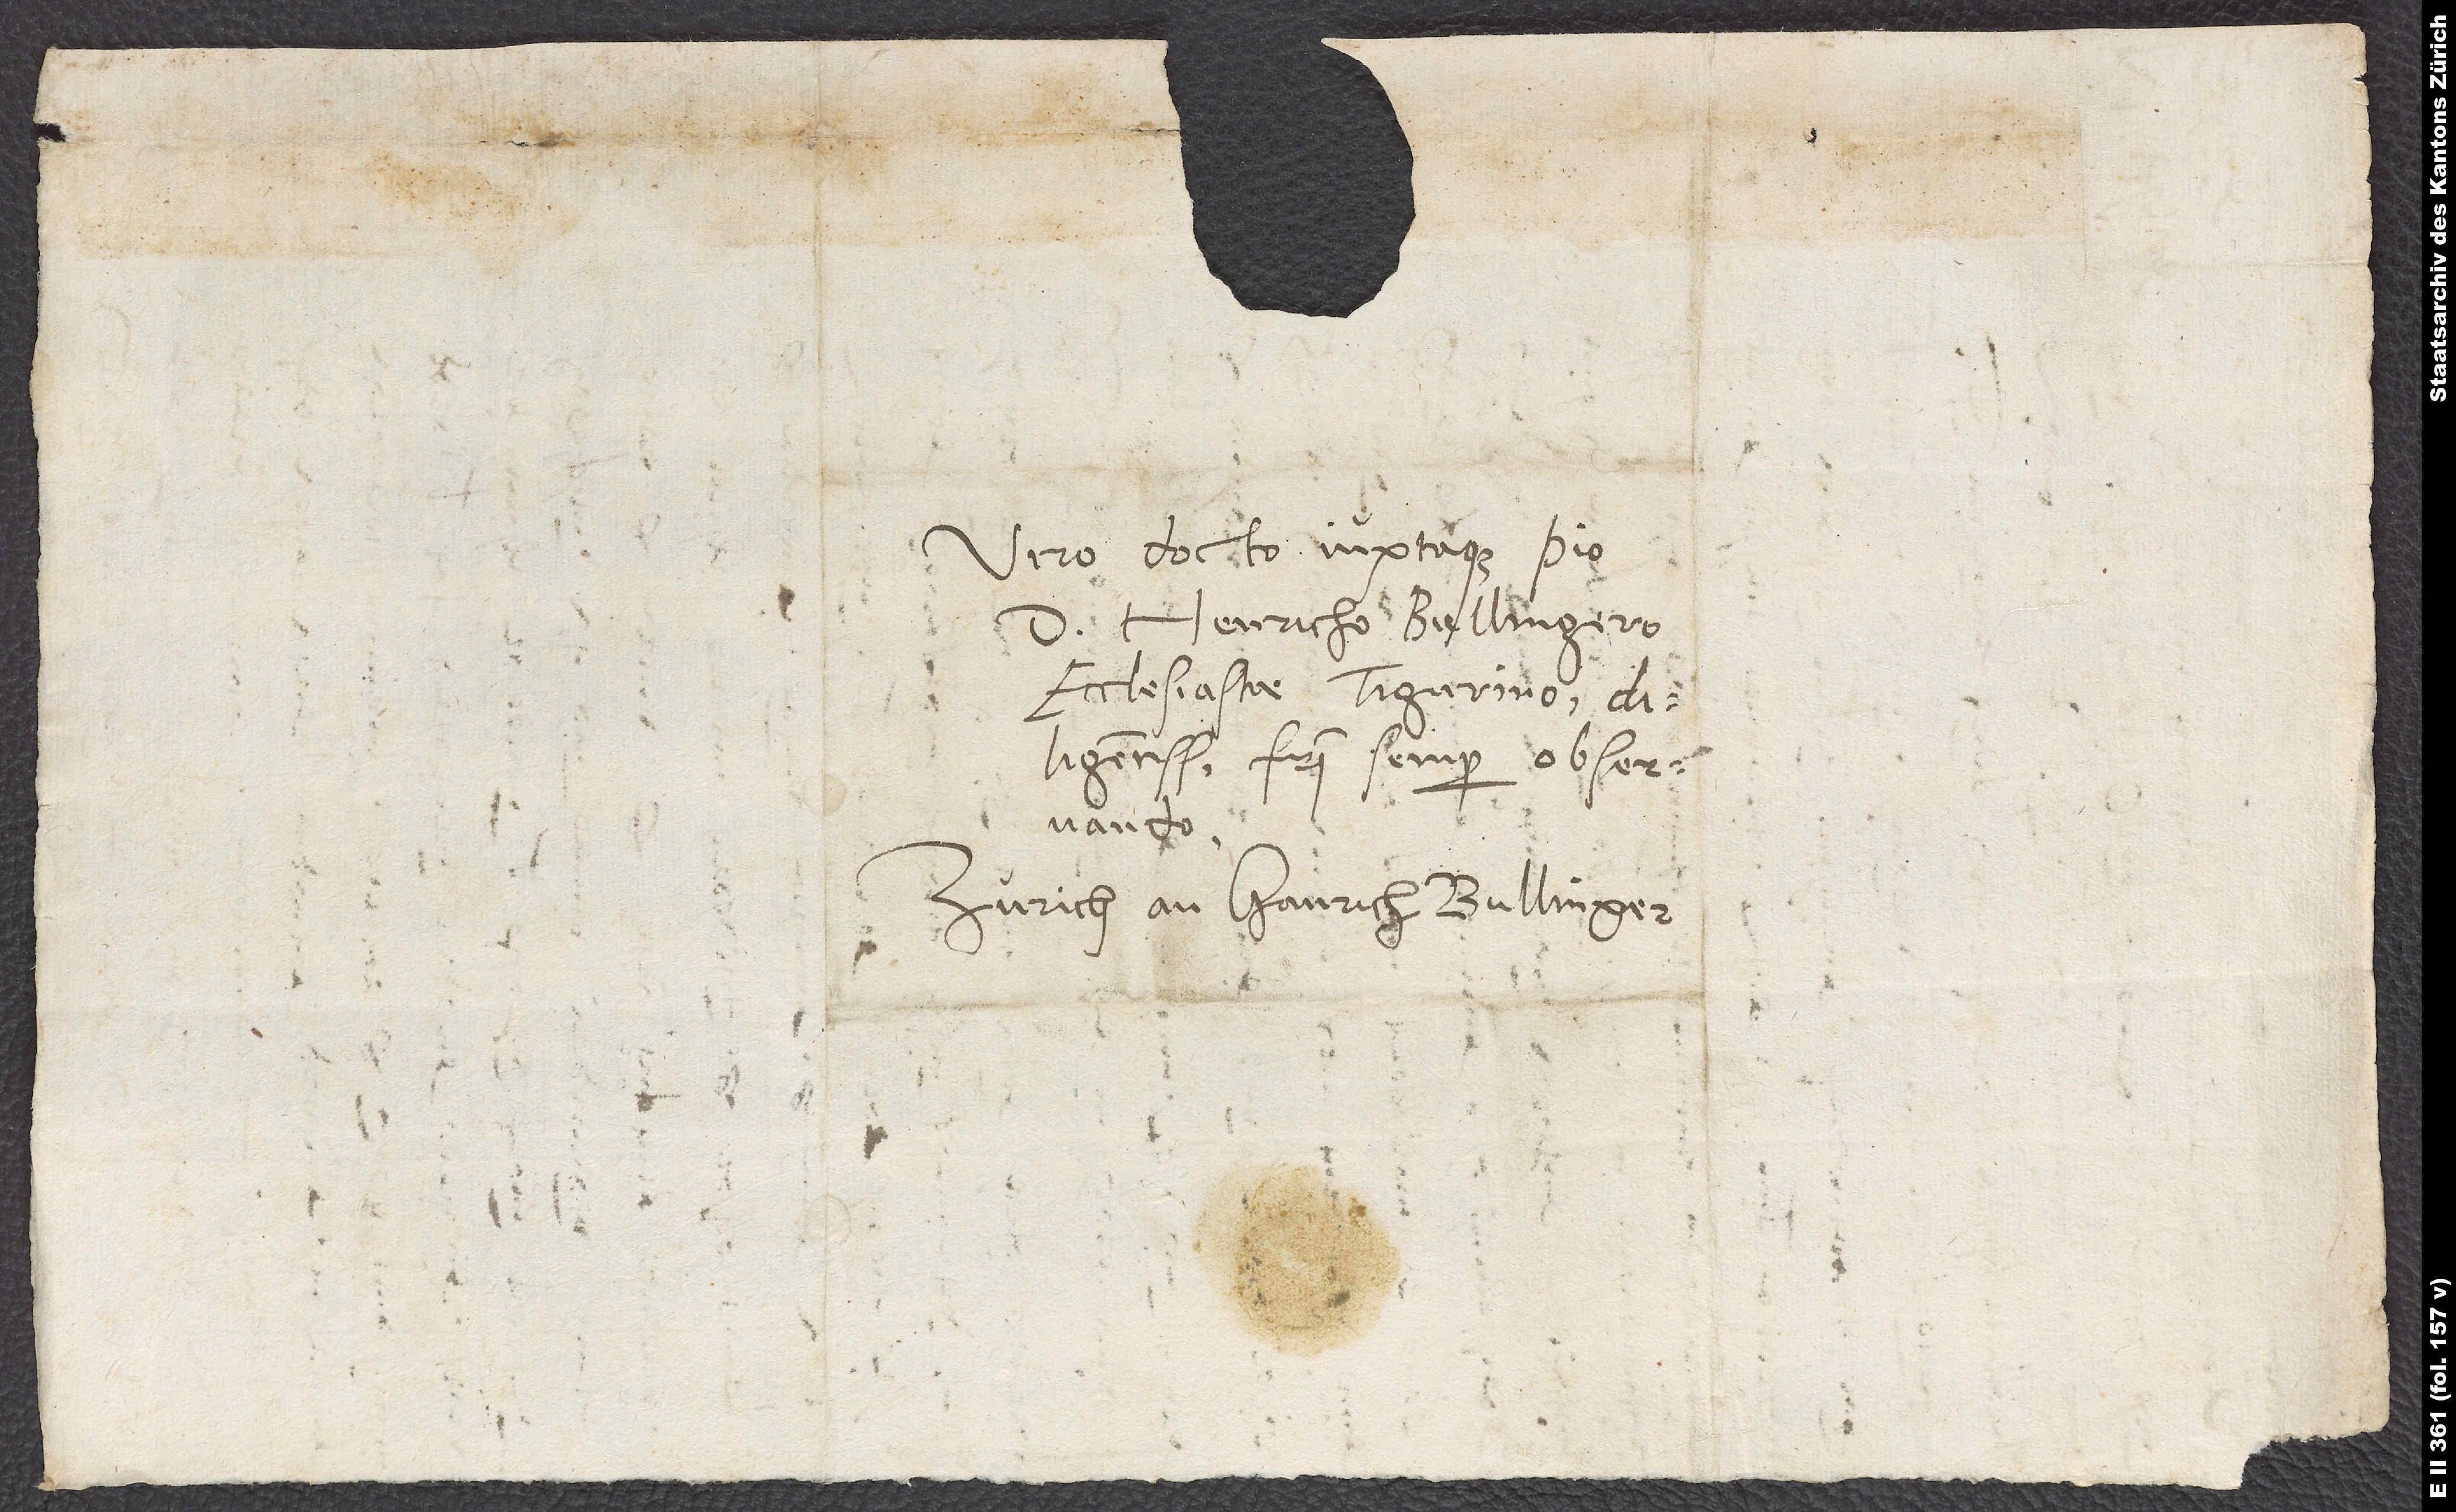
Viro docto iuxtaque pio
d. Henricho Bullingero,
ecclesiastae Tigurino
diligentissimo, fratri semper observando.
Zürich an Hanrich Bullinger.